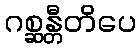
ဂစ္ဆန္တီတိပေ